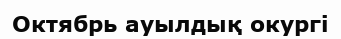
Октябрь ауылдық окургі